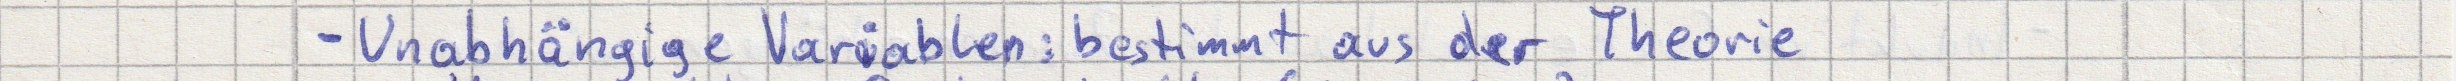
- Unabhängige Variablen: bestimmt aus der Theorie